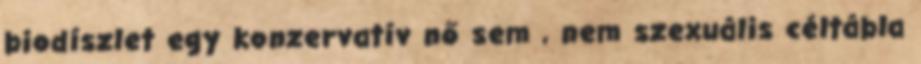
biodíszlet egy konzervatív nő sem , nem szexuális céltábla